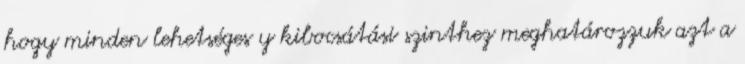
hogy minden lehetséges y kibocsátási szinthez meghatározzuk azt a